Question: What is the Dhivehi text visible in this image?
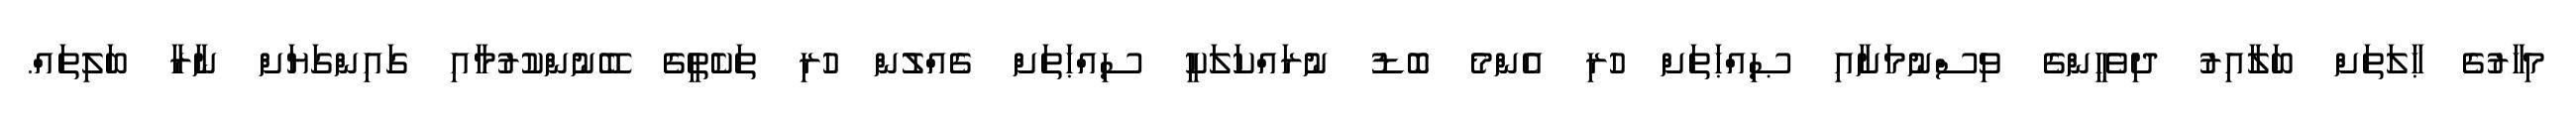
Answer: މިހާރުގެ ޙާލަތަށް ބަލާއިރު ދިވެހީންގެ ވިސްނުމަށާއި ޞިއްޙަތަށް ހުރި އެންމެ ބޮޑު ނުރައްކަލަކީ ސިއްޙަތަށް ގެއްލުން ހުރި ތަކެތީގެ ބޭނުންކުރުމާއި ގައިންގަޔަށް ނާރާ ބަލިތައް.